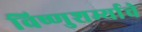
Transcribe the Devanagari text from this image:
विष्णुशर्म्याचे